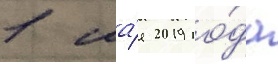
1 ма́я 2019 го́да